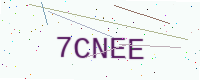
Text: 7CNEE